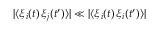
| \langle \xi _ { i } ( t ) \, \xi _ { j } ( t ^ { \prime } ) \rangle | \ll | \langle \xi _ { i } ( t ) \, \xi _ { i } ( t ^ { \prime } ) \rangle |